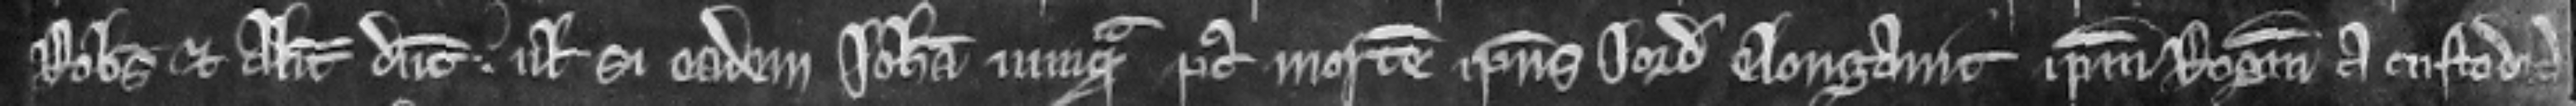
Robertus et Alicia dicunt. vel si eadem Johanna nunquam post mortem ipsius Jordani elongavit ipsum Rogerum a custodia